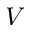
V